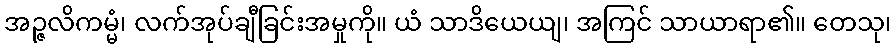
အဉ္ဇလိကမ္မံ၊ လက်အုပ်ချီခြင်းအမှုကို။ ယံ သာဒိယေယျ၊ အကြင် သာယာရာ၏။ တေသု၊